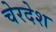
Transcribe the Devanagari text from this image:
चेरदेश